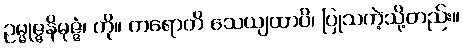
ဥမ္မုဇ္ဇနိမုဇ္ဇံ၊ ကို။ ကရောတိ သေယျထာပိ၊ ပြုသကဲ့သို့တည်း။